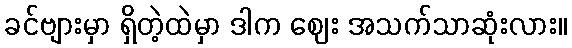
ခင်ဗျားမှာ ရှိတဲ့ထဲမှာ ဒါက ဈေး အသက်သာဆုံးလား။